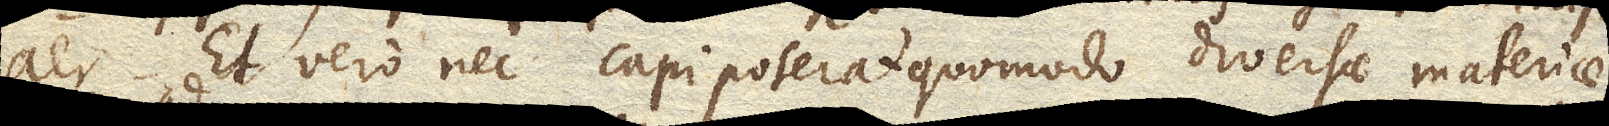
aer. Et vero nec capi poterat quomodo diversae materiae